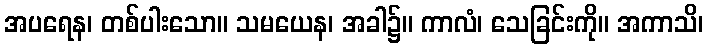
အပရေန၊ တစ်ပါးသော။ သမယေန၊ အခါ၌။ ကာလံ၊ သေခြင်းကို။ အကာသိ၊